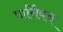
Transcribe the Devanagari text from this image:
पार्सिवन